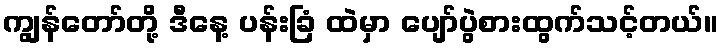
ကျွန်တော်တို့ ဒီနေ့ ပန်းခြံ ထဲမှာ ပျော်ပွဲစားထွက်သင့်တယ်။